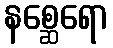
နစ္ဆေရော